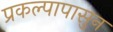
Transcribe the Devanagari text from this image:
प्रकल्पापासुन